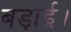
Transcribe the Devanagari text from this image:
बड़ाई।